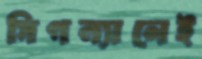
সিগন্যালেই